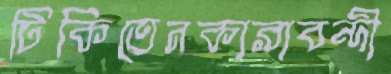
টিকিতেনকারাবন্দী